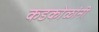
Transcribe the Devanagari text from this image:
कडकोळांनी